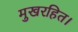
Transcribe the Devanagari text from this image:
मुखरहित।